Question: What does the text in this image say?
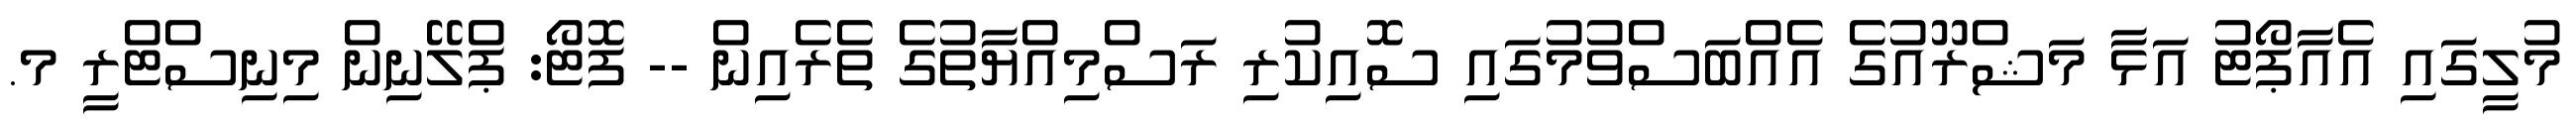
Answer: މުލީގައި އެއާޕޯޓު އަޅާ މަޝްރޫއުގެ އެއްބަސްވުމުގައި ސޮއިކުރި ރަސްމިއްޔާތުގެ ތެރެއިން -- ފޮޓޯ: ޕްލޭނިން މިނިސްޓްރީ މ.